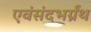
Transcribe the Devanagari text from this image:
एवंसंदभर्ग्रंथ